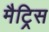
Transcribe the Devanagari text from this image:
मैट्रिस